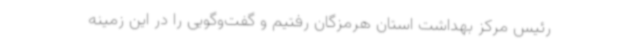
رئیس مرکز بهداشت استان هرمزگان رفتیم و گفت‌و‌گویی را در این زمینه